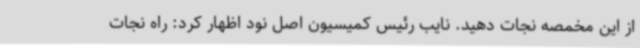
از این مخمصه نجات دهید. نایب رئیس کمیسیون اصل نود اظهار کرد: راه نجات